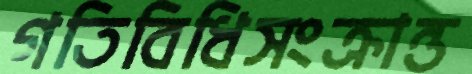
গতিবিধিসংক্রান্ত